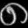
Digit: ၈